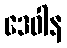
ဒေဝါန